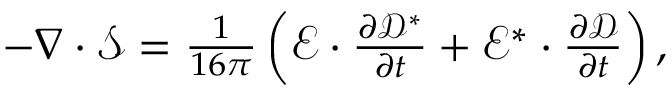
\begin{array} { r } { - \nabla \cdot \boldsymbol { \mathcal { S } } = \frac { 1 } { 1 6 \pi } \left( \boldsymbol { \mathcal { E } } \cdot \frac { \partial \boldsymbol { \mathcal { D } ^ { * } } } { \partial t } + \boldsymbol { \mathcal { E } ^ { * } } \cdot \frac { \partial \boldsymbol { \mathcal { D } } } { \partial t } \right) , } \end{array}